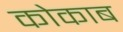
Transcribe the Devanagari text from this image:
कोकाब